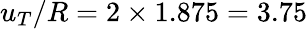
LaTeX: u_{T}/R=2\times 1.875=3.75